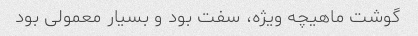
گوشت ماهیچه ویژه، سفت بود و بسیار معمولی بود